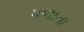
પળાતા